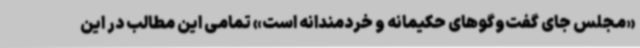
«مجلس جای گفت‌وگوهای حکیمانه و خردمندانه است» تمامی این مطالب در این